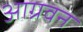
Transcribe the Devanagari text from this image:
आग्रवन